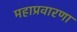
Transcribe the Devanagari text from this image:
महाप्रवारणा